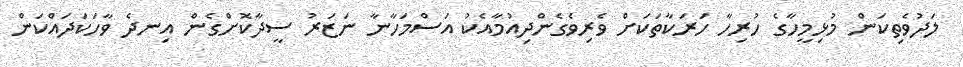
ލަދުވެތިކަން މުޅިމީހާގެ ހުރިހާ ހަރަކާތަކަށް ވެރިވެގެންދިއުމާއެކު އަސްމަހާނާ ނަޒަރު ސީދާކޮށްގެން އިނދެ ވާހަކަދައްކަން